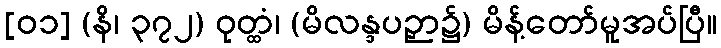
[၀၁] (နိ၊ ၃၇၂) ဝုတ္ထံ၊ (မိလန္ဒပဉှာ၌) မိန့်တော်မူအပ်ပြီ။